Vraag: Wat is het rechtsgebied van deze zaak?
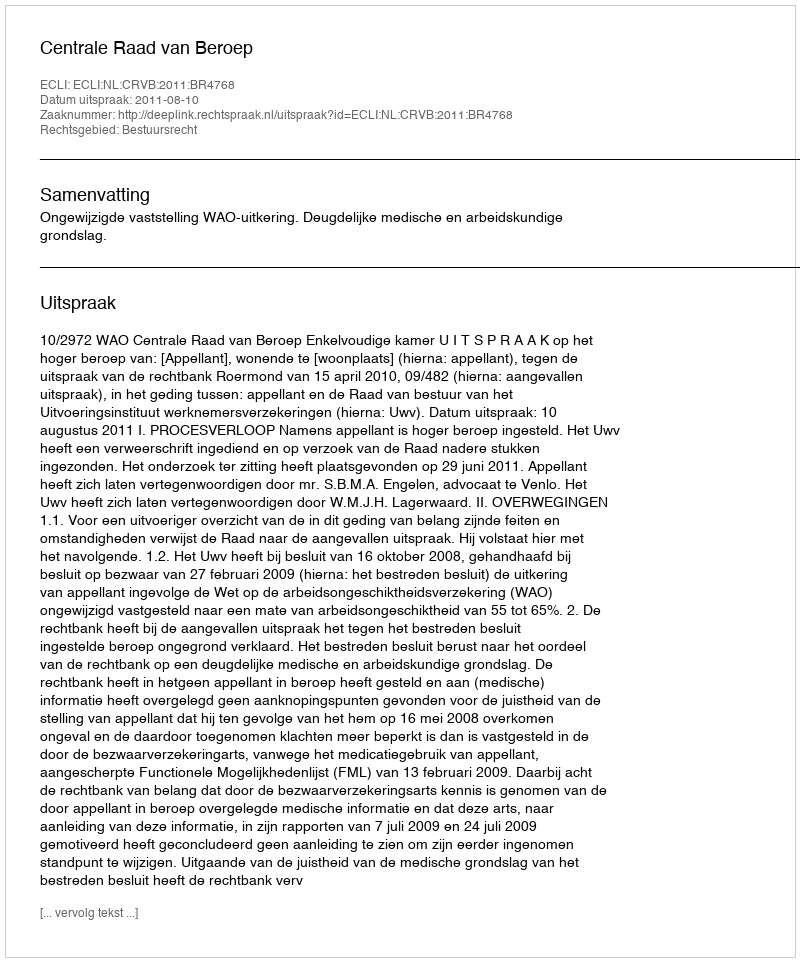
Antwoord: Bestuursrecht